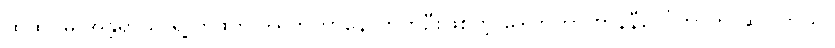
ထူထပ်မှု အန္တရာယ် ရဲ့ တွဲဖက် ဒါရိုက်တာနောက်တဦးဖြစ်တဲ့ ဒေါက်တာ ကွန်နီဝေါ်ကာက ဆိုပါတယ်။